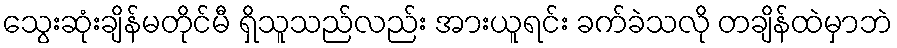
သွေးဆုံးချိန်မတိုင်မီ ရှိသူသည်လည်း အားယူရင်း ခက်ခဲသလို တချိန်ထဲမှာဘဲ